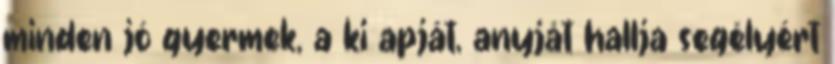
minden jó gyermek, a ki apját, anyját hallja segélyért